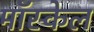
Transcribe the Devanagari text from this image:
मॉस्केल